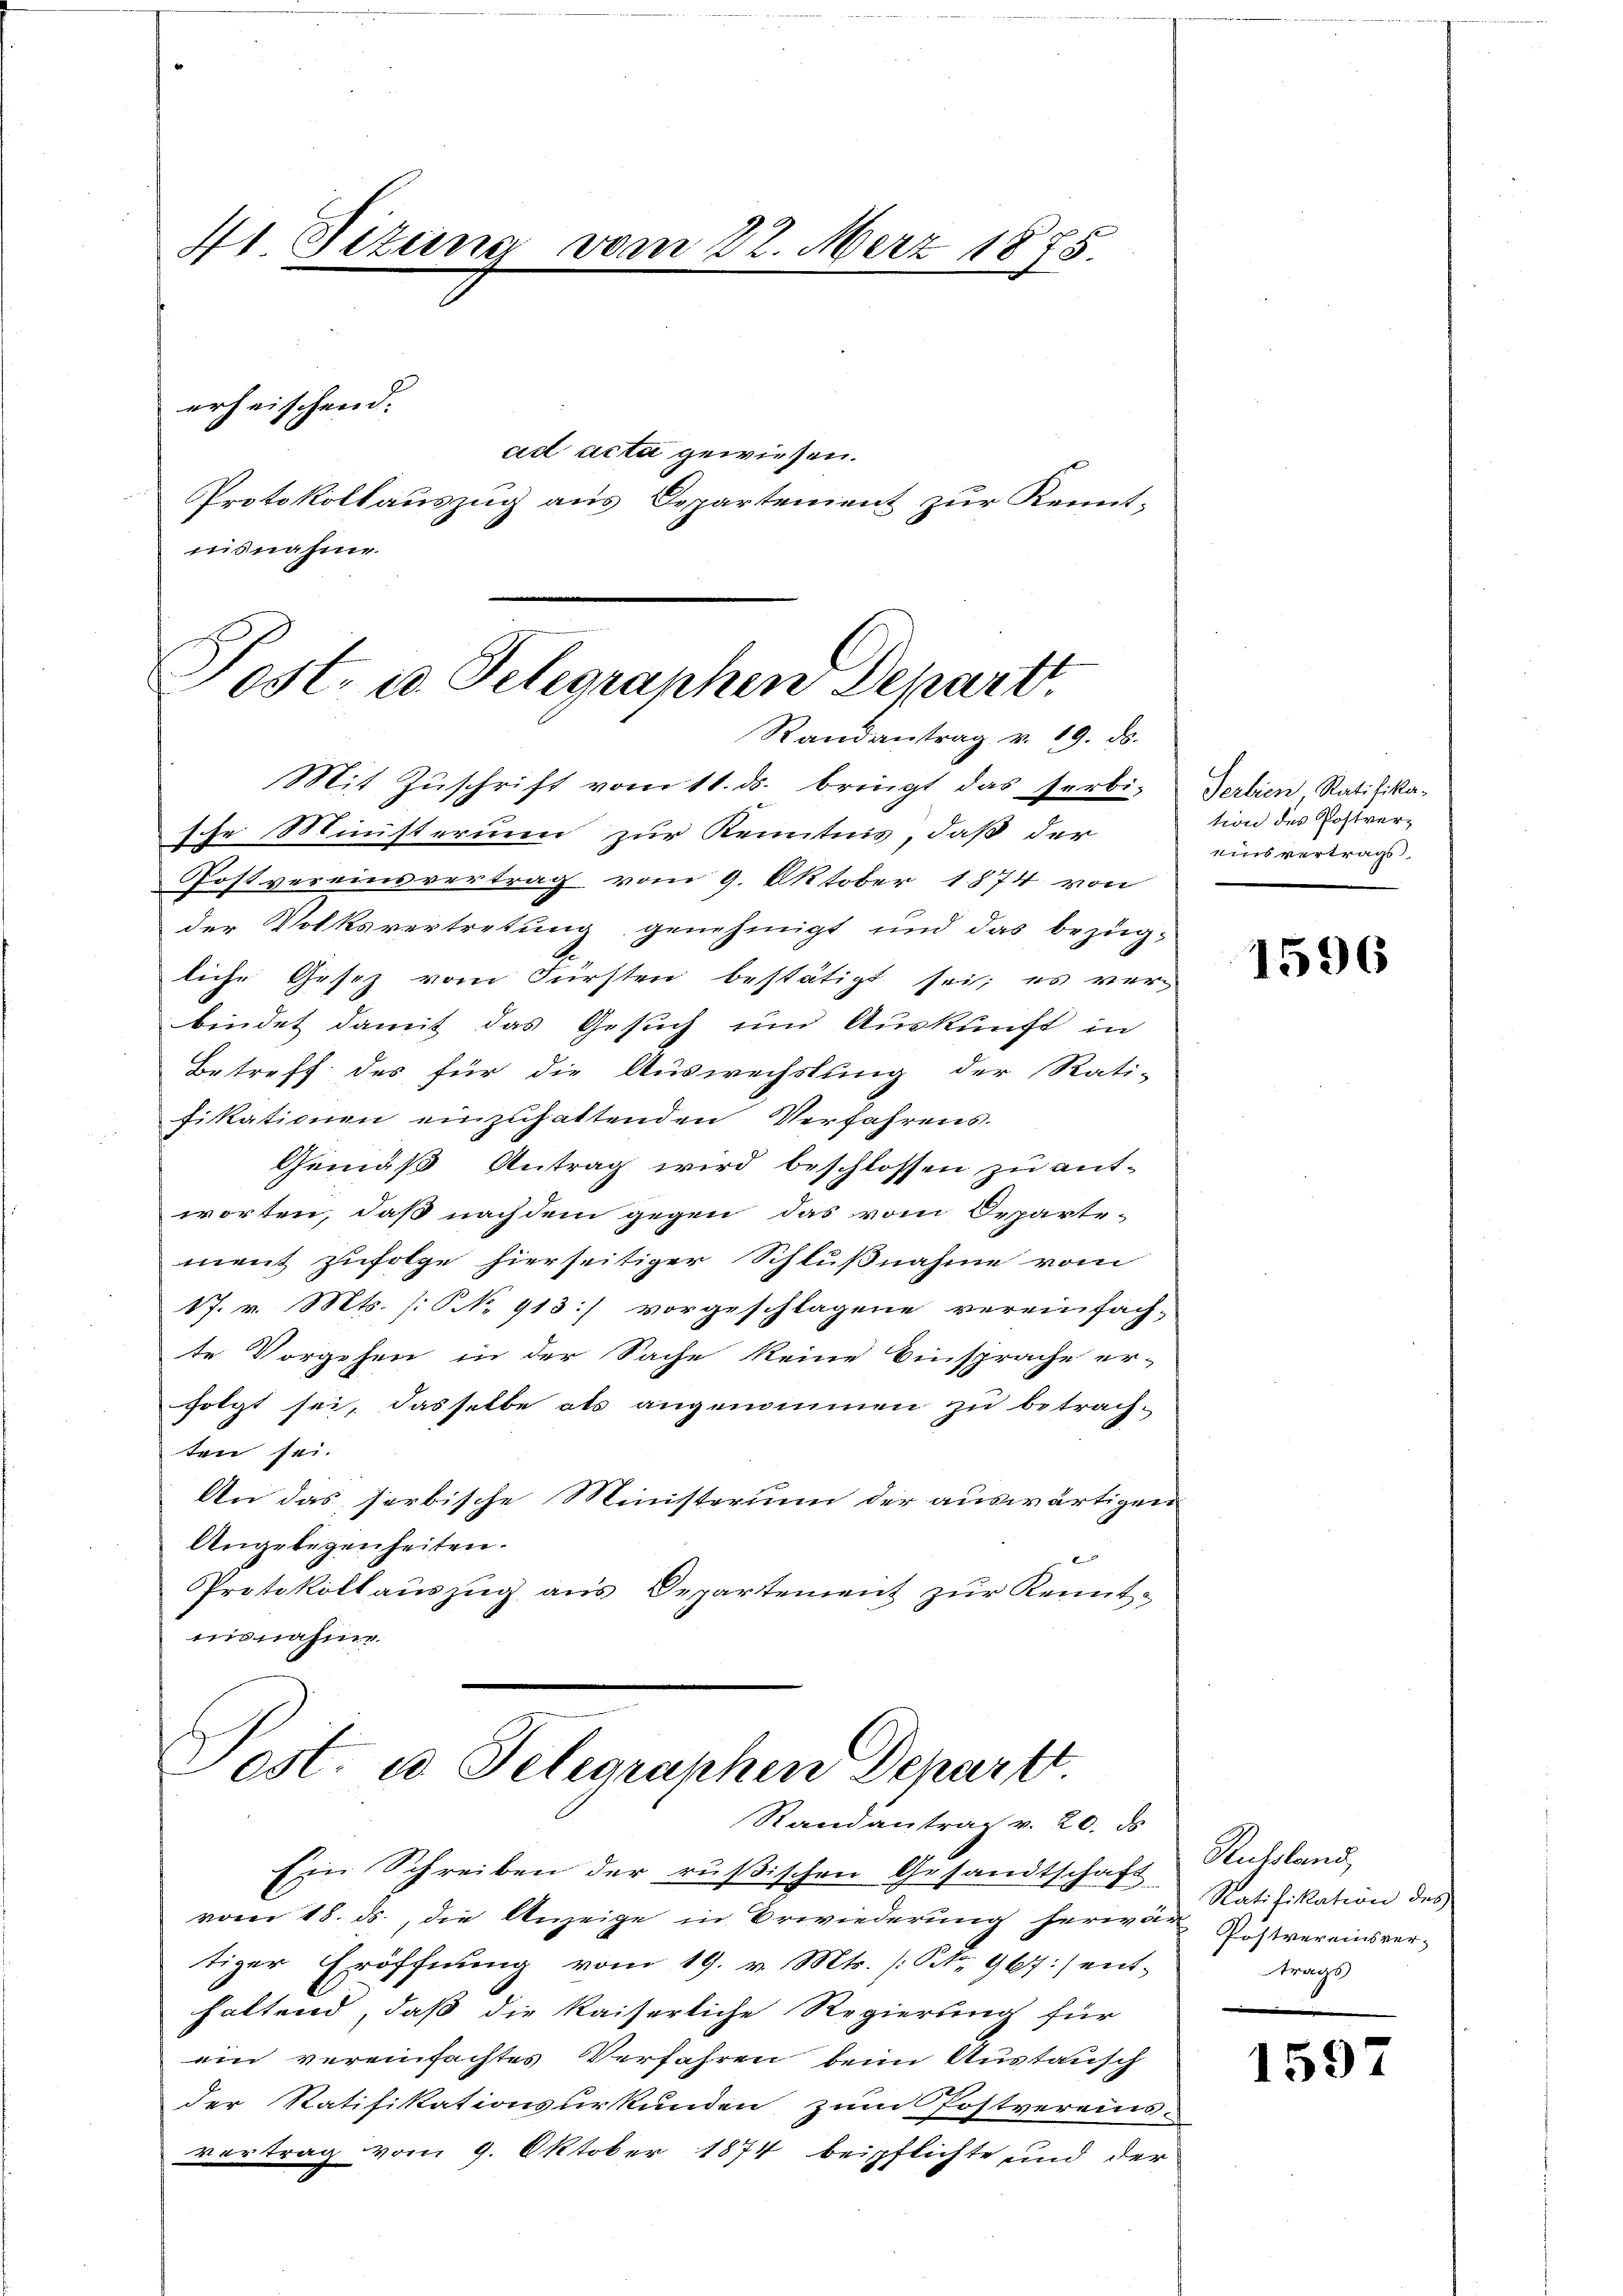
41. Sizung vom 22. März 1875.
erheischend.
ad acta gewiesen.
Protokollauszug aus Departement zur Kennt-
nisnahme

Post. u. Telegraphen Depart.
Randantrag v. 19. ds.
Mit Zuschrift vom 11. ds. bringt das Serbi- Serbien Ratifika-

Post- u Telegraphen Depart
Randantrag v. 20. ds.

sche Ministerium zur Kenntnis, daß der
Postvereinsvertrag vom 9. Oktober 1874 von
der Volksvertretung genehmigt und das bezüg-
liche Gesetz vom Fürsten bestätigt sei; es ver-
bindet damit das Gesuch und Auskunft in
Betreff des für die Auswechslung der Rati-
fikationen einzuhattenden Verfahrens.
Gemäß Antrag wird beschlossen zu entworten, daß nach dem gegen das vom Departe-
ment zufolge hierseitiger Schlußnahme vom
17. v. Mts. (: NNN. 913) vorgeschlagene vereinfach-
te Vorgehen in der Sache keine Einsprache er-
folgt sei, dasselbe als angenommen zu betrach-
ten sei.
An das serbische Ministerium der auswärtigen
Angelegenheiten.
Protokollauszug aus Departement zur Kenntmisnahme

tion des Postvereisvertrags.

Ein Schreiben der rŭβischen Gesandtschaft Ratifikation des
vom 18. ds., die Anzeige in Erwiederung herwa Postvereinsvertiger Eröffnung vom 19. v. Mts. [No 967:/ ent-
haltend, daß die kaiserliche Regierung für
ein vereinfachtes Verfahren beim Austausch
2
der Ratifikationsurkunden zum Postvereins-
vortrag vom 9. Oktober 1874 beipflichte und der

1596

Russland,
trags

1597